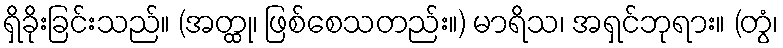
ရှိခိုးခြင်းသည်။ (အတ္ထု၊ ဖြစ်စေသတည်း။) မာရိသ၊ အရှင်ဘုရား။ (တွံ၊